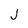
Character: J